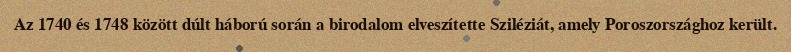
Az 1740 és 1748 között dúlt háború során a birodalom elveszítette Sziléziát, amely Poroszországhoz került.